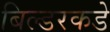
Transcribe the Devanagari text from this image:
बिल्डरकडे